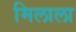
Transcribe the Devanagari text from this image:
मिलाला